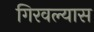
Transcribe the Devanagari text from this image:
गिरवल्यास